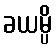
ခယမ္ပိ